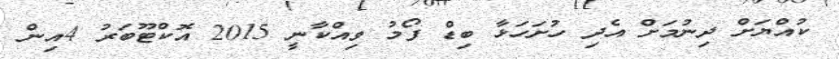
ކުއްޔަށް ދިނުމަށް އެދި ހުށަހަޅާ ބިޑް ފޯމު ވިއްކާނީ 2015 އޮކްޓޫބަރު 4އިން